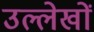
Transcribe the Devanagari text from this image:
उल्लेखाें